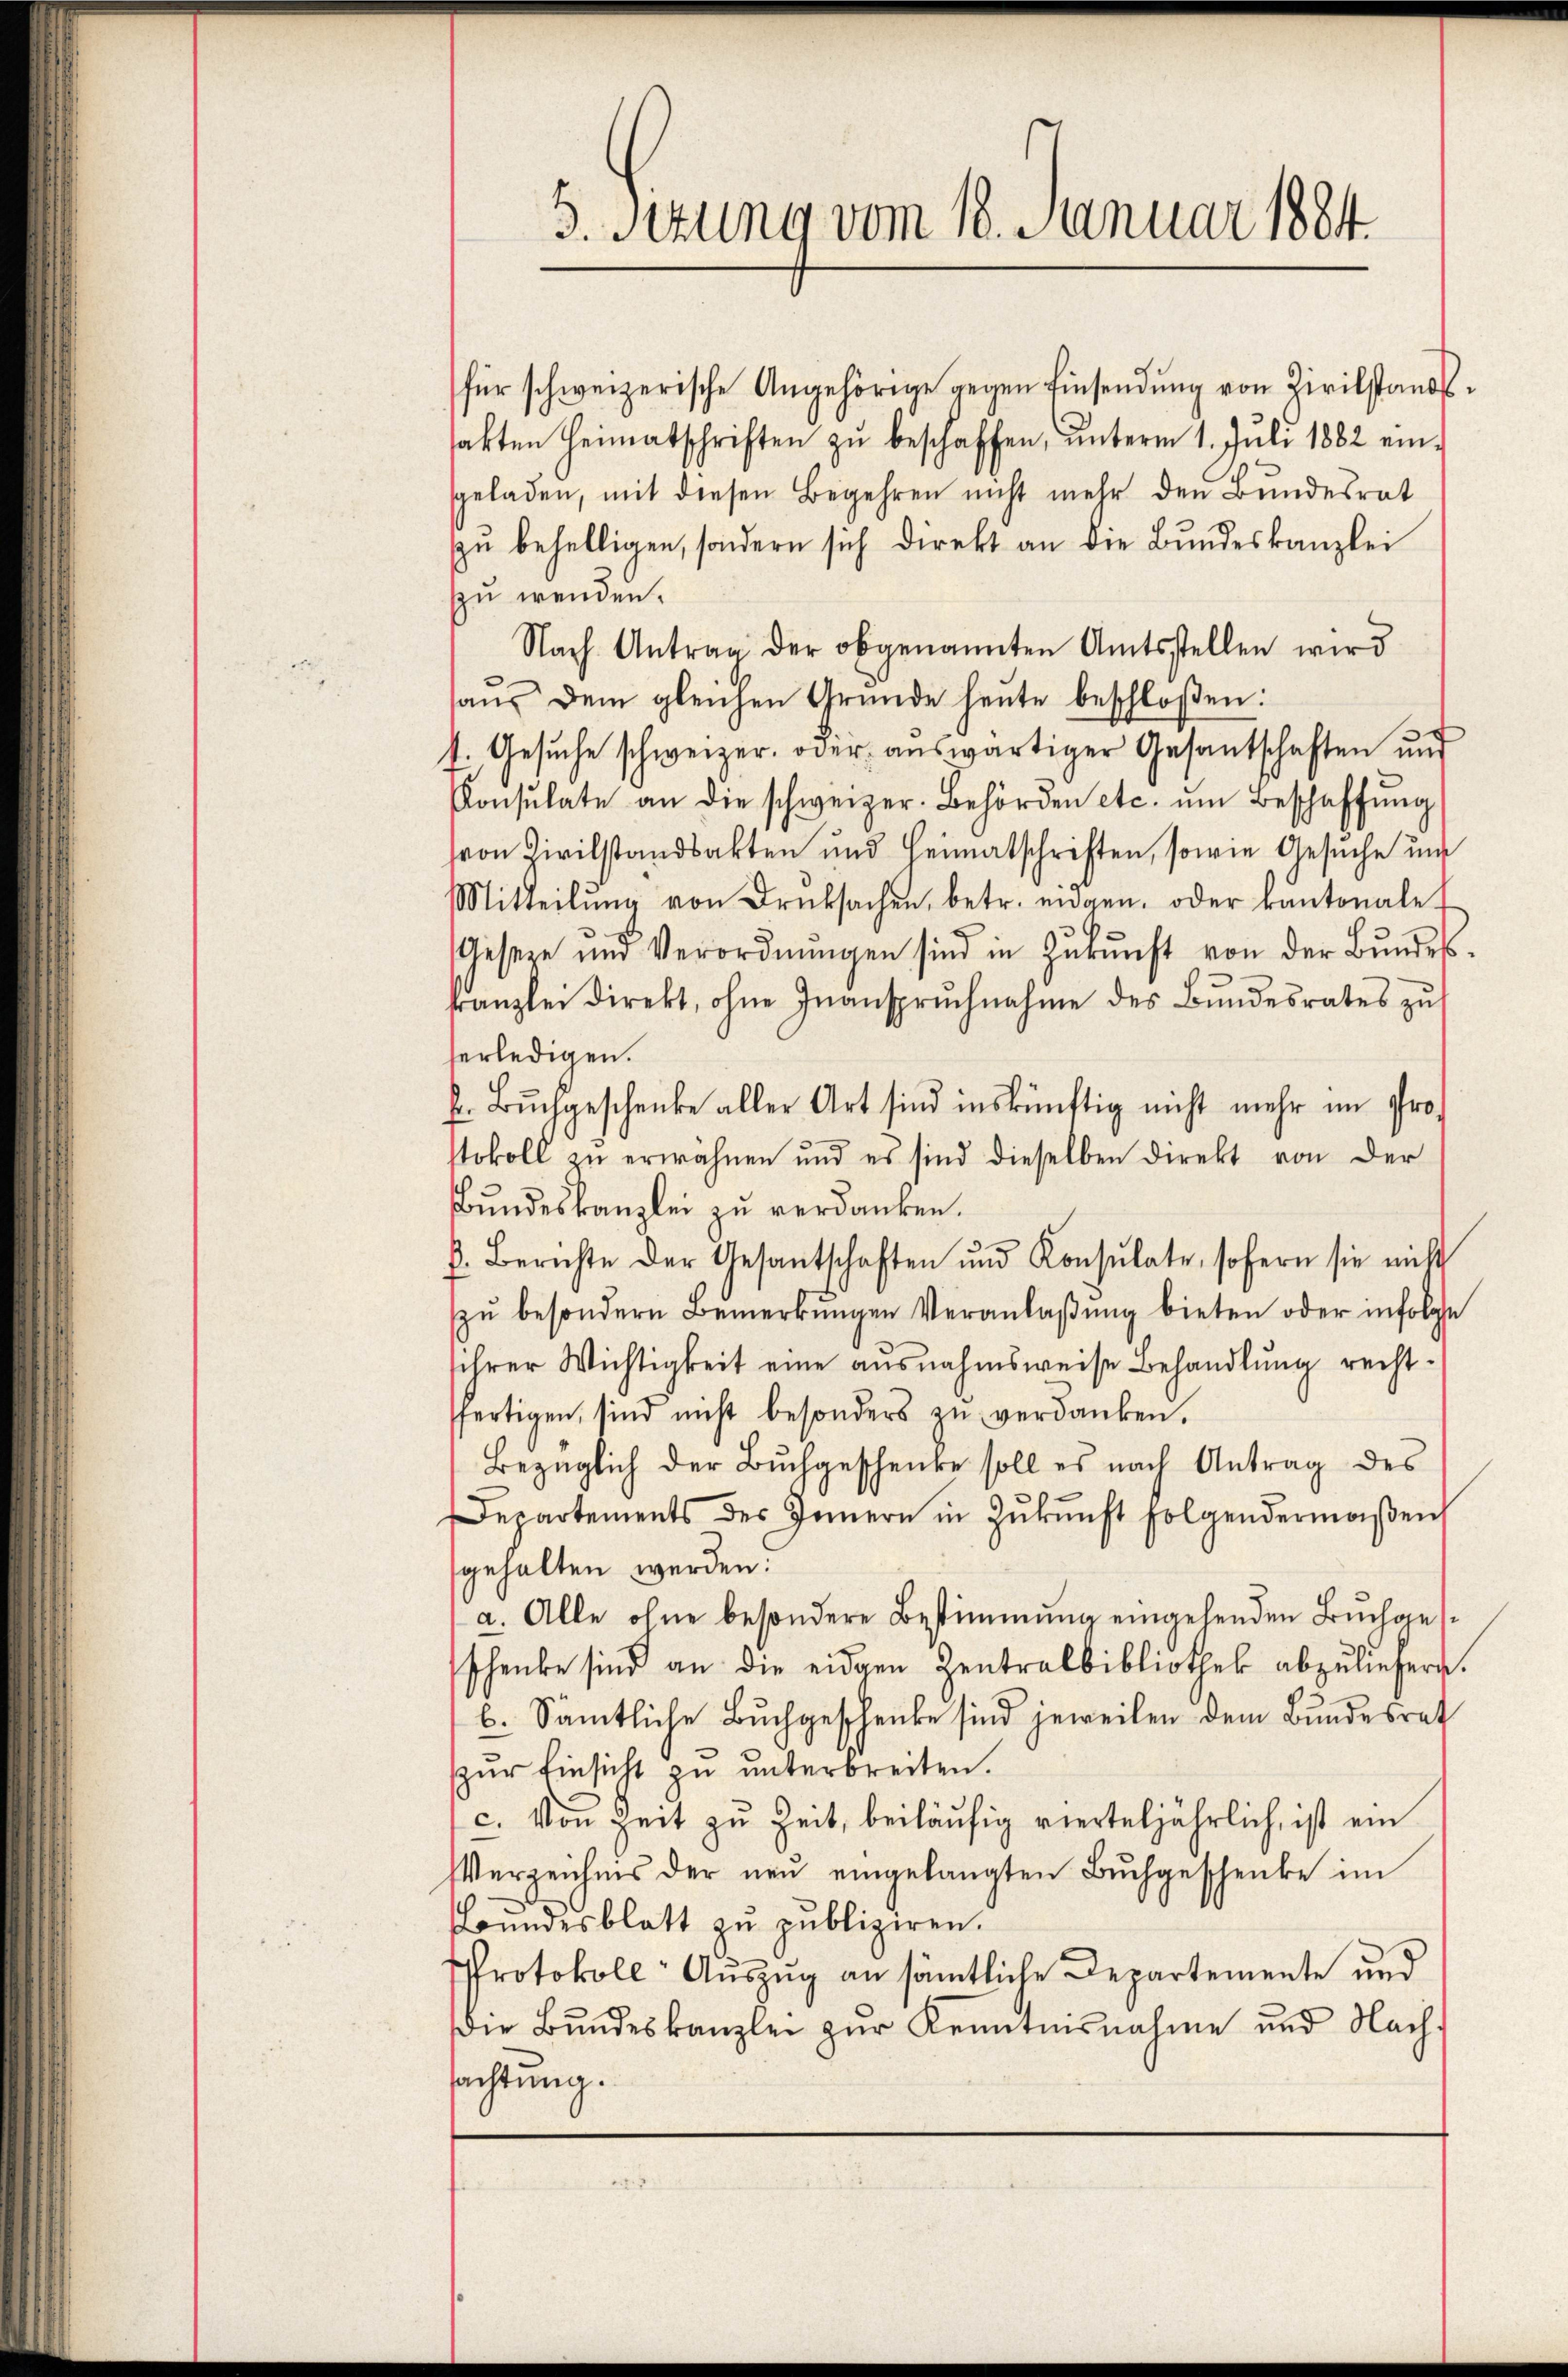
für schweizerische Angehörige gegen Einsendŭng von Zivilstandssakten Heimatschriften zŭ beschaffen, ŭnterm 1. Juli 1882 ein-
sgeladen, mit diesen Begehren nicht mehr den Bundesrat
zŭ behelligen, sondern sich direkt an die Bŭndeskanzlei
zu wenden.
Nach Antrag der obgenannten Amtsstellen wird
haŭs dem gleichen Gründe heute beschloßen:
1. Gesŭche schweizer, oder auswärtiger Gesantschaften und
Konsulate an die schweizer. Behörden etc. ŭm Beschaffŭng
von Zivilstandsakten und Heimatschriften, sowie Gesuche und
Mitteilŭng von Druksachen, betr. eidgen. oder kantonale
Geseze und Verordnŭngen sind in Zŭkŭnft von der Bŭndes-
kanzlei direkt, ohne Inansprŭchnahme des Bŭndesrates zŭ
serledigen.
F. Bŭchgeschenke aller Art sind inskünftig nicht mehr im Prostokoll zu erwähnen und es sind dieselben direkt von der
Bundeskanzlei zu verdanken.
h. Berichte der Gesantschaften ŭnd Konsulate, sofern sie nicht
zŭ besondern Bemerkŭngen Veranlaβŭng bieten oder infolge
ihrer Wichtigkeit eine ausnahmsweise Behandlung rechtsfertigen, sind nicht besonders zŭ verdanken.
Bezüglich der Buchgeschenke soll es nach Antrag des
Departements des Innern in Zŭkŭnft folgendermaβen
gehalten werden:
a. Alle ohne besondere Bestimmung eingehenden Buchgesschenke sind an die eidgen Zentralbibliothek abzuliefern.
b. Sämtliche Buchgeschenke sind jeweilen dem Bundesrath
zur Einsicht zu unterbreiten.
c. Von Zeit zu Zeit, beiläufig vierteljährlich, ist ein
Verzeichnis der neŭ eingelangten Bŭchgeschenke im
rundesblatt zu publiziren.
Protokoll Auszug an sämtliche Departemente und
Die Bundeskanzlei zur Kenntnisnahme und Nach-
sachtung.

3. Sezung vom 18. Januar 1884